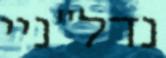
נדל"ניי